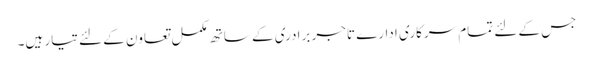
جس کے لئے تمام سرکاری ادارے تاجر برادری کے ساتھ مکمل تعاون کے لئے تیار ہیں۔